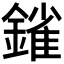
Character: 𨫠